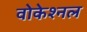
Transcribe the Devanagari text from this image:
वोकेश्नल